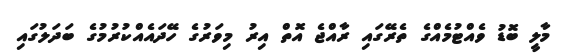
މާލީ ބޮޑު ވެއްޓުމެއްގެ ތެރޭގައި ރާއްޖެ އޮތް އިރު މިވަރުގެ ހޭދައެއްކުރުމުގެ ބަދަލުގައި